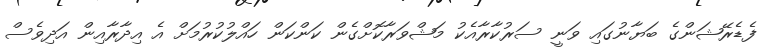
ފެޑެރޭޝަންގެ ބަޔާނުގައި ވަނީ ސަރުކާރާއެކު މަޝްވަރާކޮށްގެން ކަންކަން ހައްލުކުރުމަށް އެ އިދާރާއިން އަދިވެސް